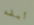
أبقه